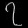
Digit: ၇